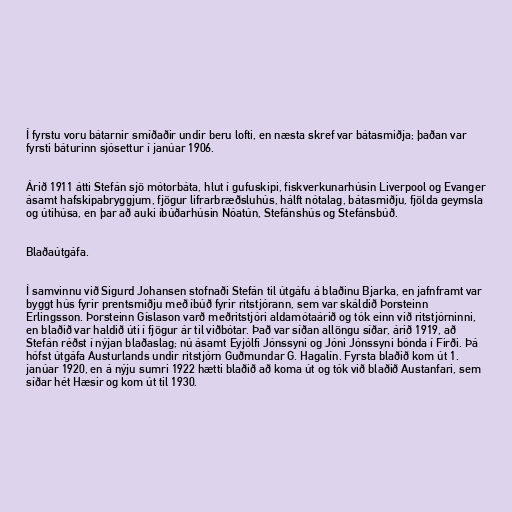
Í fyrstu voru bátarnir smíðaðir undir beru lofti, en næsta skref var bátasmiðja; þaðan var
fyrsti báturinn sjósettur í janúar 1906.

Árið 1911 átti Stefán sjö mótorbáta, hlut í gufuskipi, fiskverkunarhúsin Liverpool og Evanger
ásamt hafskipabryggjum, fjögur lifrarbræðsluhús, hálft nótalag, bátasmiðju, fjölda geymsla
og útihúsa, en þar að auki íbúðarhúsin Nóatún, Stefánshús og Stefánsbúð.

Blaðaútgáfa.

Í samvinnu við Sigurd Johansen stofnaði Stefán til útgáfu á blaðinu Bjarka, en jafnframt var
byggt hús fyrir prentsmiðju með íbúð fyrir ritstjórann, sem var skáldið Þorsteinn
Erlingsson. Þorsteinn Gíslason varð meðritstjóri aldamótaárið og tók einn við ritstjórninni,
en blaðið var haldið úti í fjögur ár til viðbótar. Það var síðan allöngu síðar, árið 1919, að
Stefán réðst í nýjan blaðaslag; nú ásamt Eyjólfi Jónssyni og Jóni Jónssyni bónda í Firði. Þá
hófst útgáfa Austurlands undir ritstjórn Guðmundar G. Hagalín. Fyrsta blaðið kom út 1.
janúar 1920, en á nýju sumri 1922 hætti blaðið að koma út og tók við blaðið Austanfari, sem
síðar hét Hæsir og kom út til 1930.